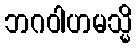
ဘဂဝါဟမသ္မိ